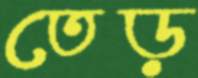
তেড়